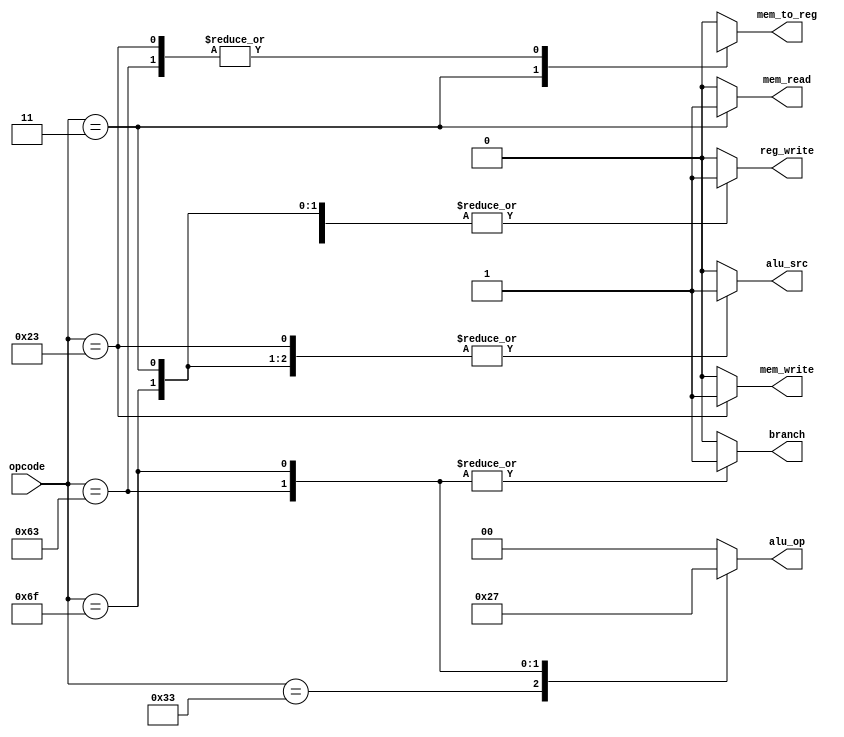
`timescale 1ns / 1ps

module Control
(
    input wire [6:0] opcode,
    output reg branch,
    output reg mem_read,
    output reg mem_to_reg,
    output reg [1:0] alu_op,
    output reg mem_write,
    output reg alu_src,
    output reg reg_write
);

//| Instruction | ALUSrc | Memto-Reg | Reg-Write | Mem-Read | Mem-Write | Branch | ALUOp1 | ALUOp0 |
//|-------------|--------|-----------|-----------|----------|-----------|--------|--------|--------|
//| R-format    |    0   |     0     |     1     |     0    |     0     |    0   |    1   |    0   |
//| ld          |    1   |     1     |     1     |     1    |     0     |    0   |    0   |    0   |
//| sd          |    1   |     X     |     0     |     0    |     1     |    0   |    0   |    0   |
//| beq         |    0   |     X     |     0     |     0    |     0     |    1   |    0   |    1   |
//| jal         |    1   |     0     |     1     |     0    |     0     |    1   |    1   |    1   |


    always @* begin
        case(opcode)
            7'b0110011: begin // R-format
                branch = 0;
                mem_read = 0;
                mem_to_reg = 0;
                alu_op = 2'b10;
                mem_write = 0;
                alu_src = 0;
                reg_write = 1;
            end
            7'b0000011: begin // ld
                branch = 0;
                mem_read = 1;
                mem_to_reg = 1;
                alu_op = 2'b00;
                mem_write = 0;
                alu_src = 1;
                reg_write = 1;
            end
            7'b0100011: begin // sd
                branch = 0;
                mem_read = 0;
                mem_to_reg = 1'bx;
                alu_op = 2'b00;
                mem_write = 1;
                alu_src = 1;
                reg_write = 0;
            end
            7'b1100011: begin // beq
                branch = 1;
                mem_read = 0;
                mem_to_reg = 1'bx;
                alu_op = 2'b01;
                mem_write = 0;
                alu_src = 0;
                reg_write = 0;
            end
            7'b1101111: begin // jal
                branch = 1;
                mem_read = 0;
                mem_to_reg = 0;
                alu_op = 2'b11;
                mem_write = 0;
                alu_src = 1;
                reg_write = 1;
            end
            default: begin
                branch = 0;
                mem_read = 0;
                mem_to_reg = 0;
                alu_op = 2'b00;
                mem_write = 0;
                alu_src = 0;
                reg_write = 0;
            end
        endcase
    end
    
endmodule